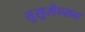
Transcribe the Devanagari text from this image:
तुसुसेन्सन